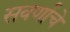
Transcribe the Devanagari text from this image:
सवर्णांचे